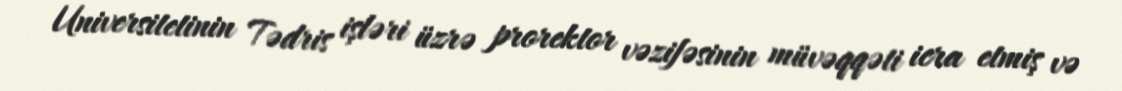
Universitetinin Tədris işləri üzrə prorektor vəzifəsinin müvəqqəti icra etmiş və